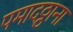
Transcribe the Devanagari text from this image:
पमादठ्ठाना